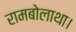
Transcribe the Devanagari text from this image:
रामबोलाथा।